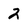
Character: 2